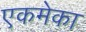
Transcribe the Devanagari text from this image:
एकमेका